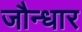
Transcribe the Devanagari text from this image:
जौन्धार